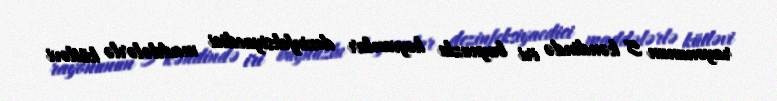
rayonunun 5 kəndində iri buynuzlu heyvanlar dezinfeksiyaedici maddələrlə kütləvi